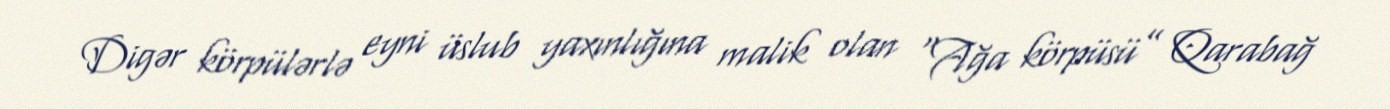
Digər körpülərlə eyni üslub yaxınlığına malik olan “Ağa körpüsü” Qarabağ